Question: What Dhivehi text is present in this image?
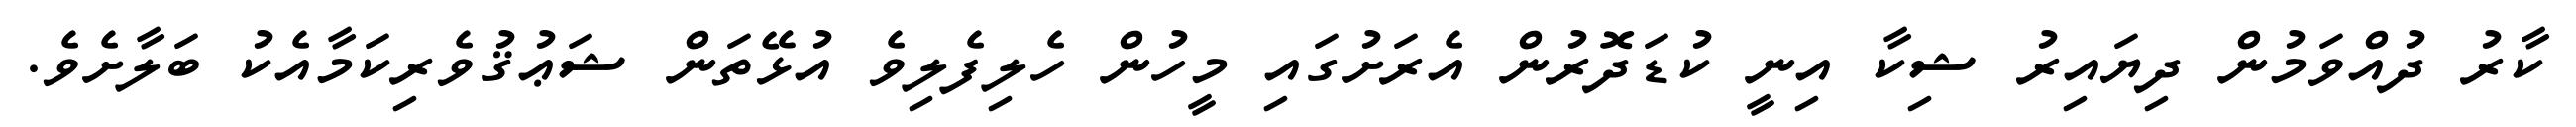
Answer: ކާރު ދުއްވަމުން ދިޔައިރު ޝިކާ އިނީ ކުޑަދޮރުން އެރަށުގައި މީހުން ހެލިފެލިވެ އުޅޭތަން ޝަޢުޤުވެރިކަމާއެކު ބަލާށެވެ.